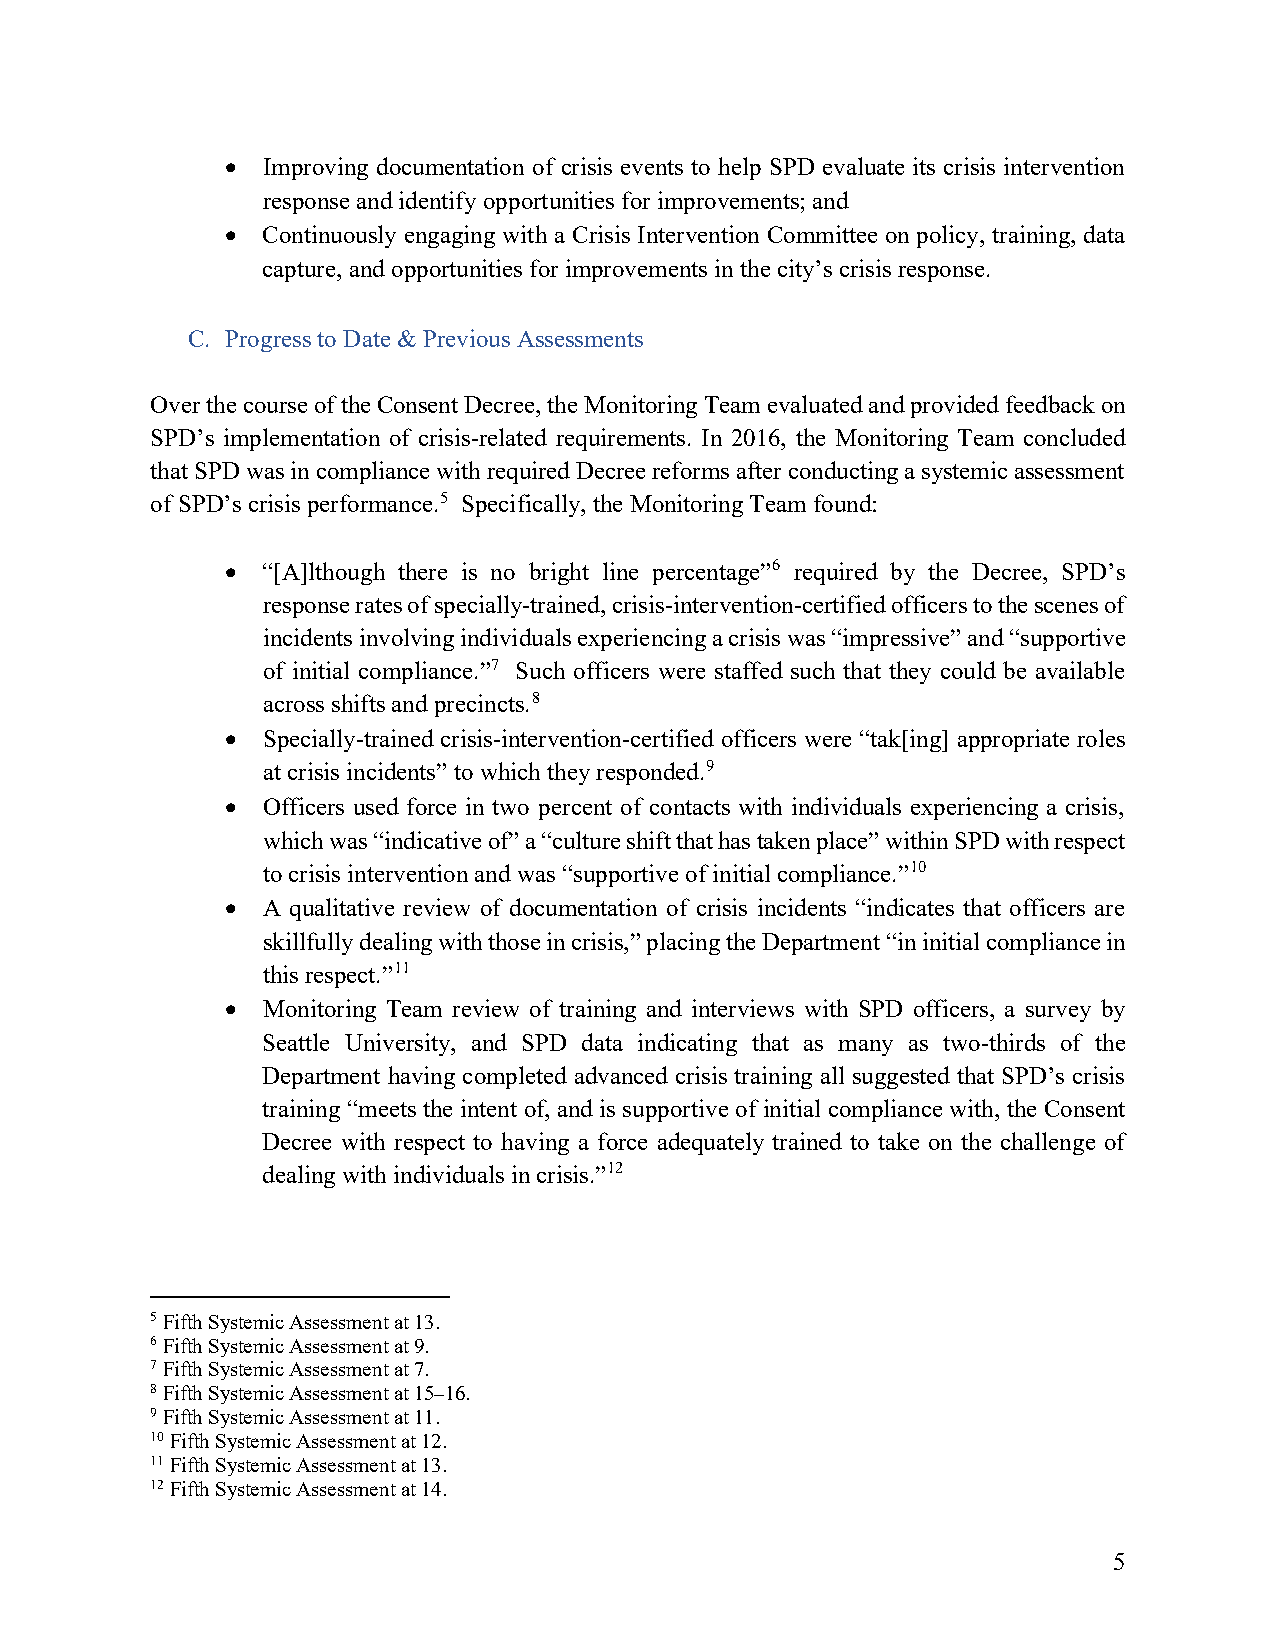
• Improving documentation of crisis events to help SPD evaluate its crisis intervention
 response and identify opportunities for improvements; and
 • Continuously engaging with a Crisis Intervention Committee on policy, training, data
 capture, and opportunities for improvements in the city’s crisis response.
 C. Progress to Date & Previous Assessments
 Over the course of the Consent Decree, the Monitoring Team evaluated and provided feedback on
 SPD’s implementation of crisis-related requirements. In 2016, the Monitoring Team concluded
 that SPD was in compliance with required Decree reforms after conducting a systemic assessment
 of SPD’s crisis performance.5 Specifically, the Monitoring Team found:
 • “[A]lthough there is no bright line percentage”6 required by the Decree, SPD’s
 response rates of specially-trained, crisis-intervention-certified officers to the scenes of
 incidents involving individuals experiencing a crisis was “impressive” and “supportive
 of initial compliance.”7 Such officers were staffed such that they could be available
 across shifts and precincts.8
 • Specially-trained crisis-intervention-certified officers were “tak[ing] appropriate roles
 at crisis incidents” to which they responded.9
 • Officers used force in two percent of contacts with individuals experiencing a crisis,
 which was “indicative of” a “culture shift that has taken place” within SPD with respect
 to crisis intervention and was “supportive of initial compliance.”10
 • A qualitative review of documentation of crisis incidents “indicates that officers are
 skillfully dealing with those in crisis,” placing the Department “in initial compliance in
 this respect.”11
 • Monitoring Team review of training and interviews with SPD officers, a survey by
 Seattle University, and SPD data indicating that as many as two-thirds of the
 Department having completed advanced crisis training all suggested that SPD’s crisis
 training “meets the intent of, and is supportive of initial compliance with, the Consent
 Decree with respect to having a force adequately trained to take on the challenge of
 dealing with individuals in crisis.”12
 5 Fifth Systemic Assessment at 13.
 6 Fifth Systemic Assessment at 9.
 7 Fifth Systemic Assessment at 7.
 8 Fifth Systemic Assessment at 15–16.
 9 Fifth Systemic Assessment at 11.
 10 Fifth Systemic Assessment at 12.
 11 Fifth Systemic Assessment at 13.
 12 Fifth Systemic Assessment at 14.
 5